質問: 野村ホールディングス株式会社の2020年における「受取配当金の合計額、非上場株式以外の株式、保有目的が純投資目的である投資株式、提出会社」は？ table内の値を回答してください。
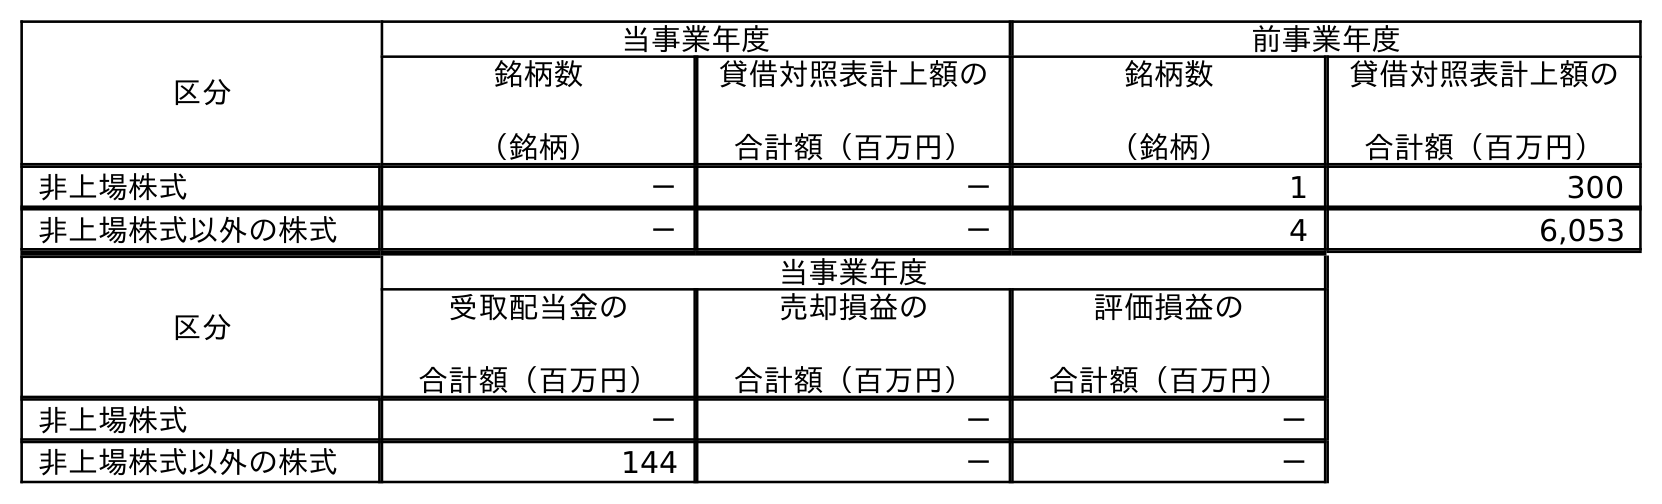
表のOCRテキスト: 区分 当事業年度 前事業年度 銘柄数 （銘柄） 貸借対照表計上額の 合計額（百万円） 銘柄数 （銘柄） 貸借対照表計上額の 合計額（百万円） 非上場株式 － － 1 300 非上場株式以外の株式 － － 4 6,053 区分 当事業年度 受取配当金の 合計額（百万円） 売却損益の 合計額（百万円） 評価損益の 合計額（百万円） 非上場株式 － － － 非上場株式以外の株式 144 － －
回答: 144